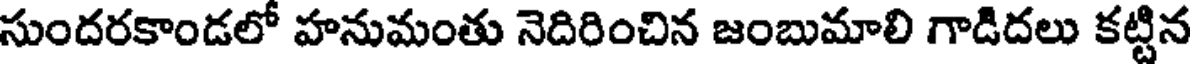
సుందరకాండలో హనుమంతు నెదిరించిన జంబుమాలి గాడిదలు కట్టిన